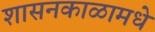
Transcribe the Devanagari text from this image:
शासनकाळामधे